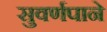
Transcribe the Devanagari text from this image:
सुवर्णपाने